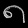
Digit: ၈